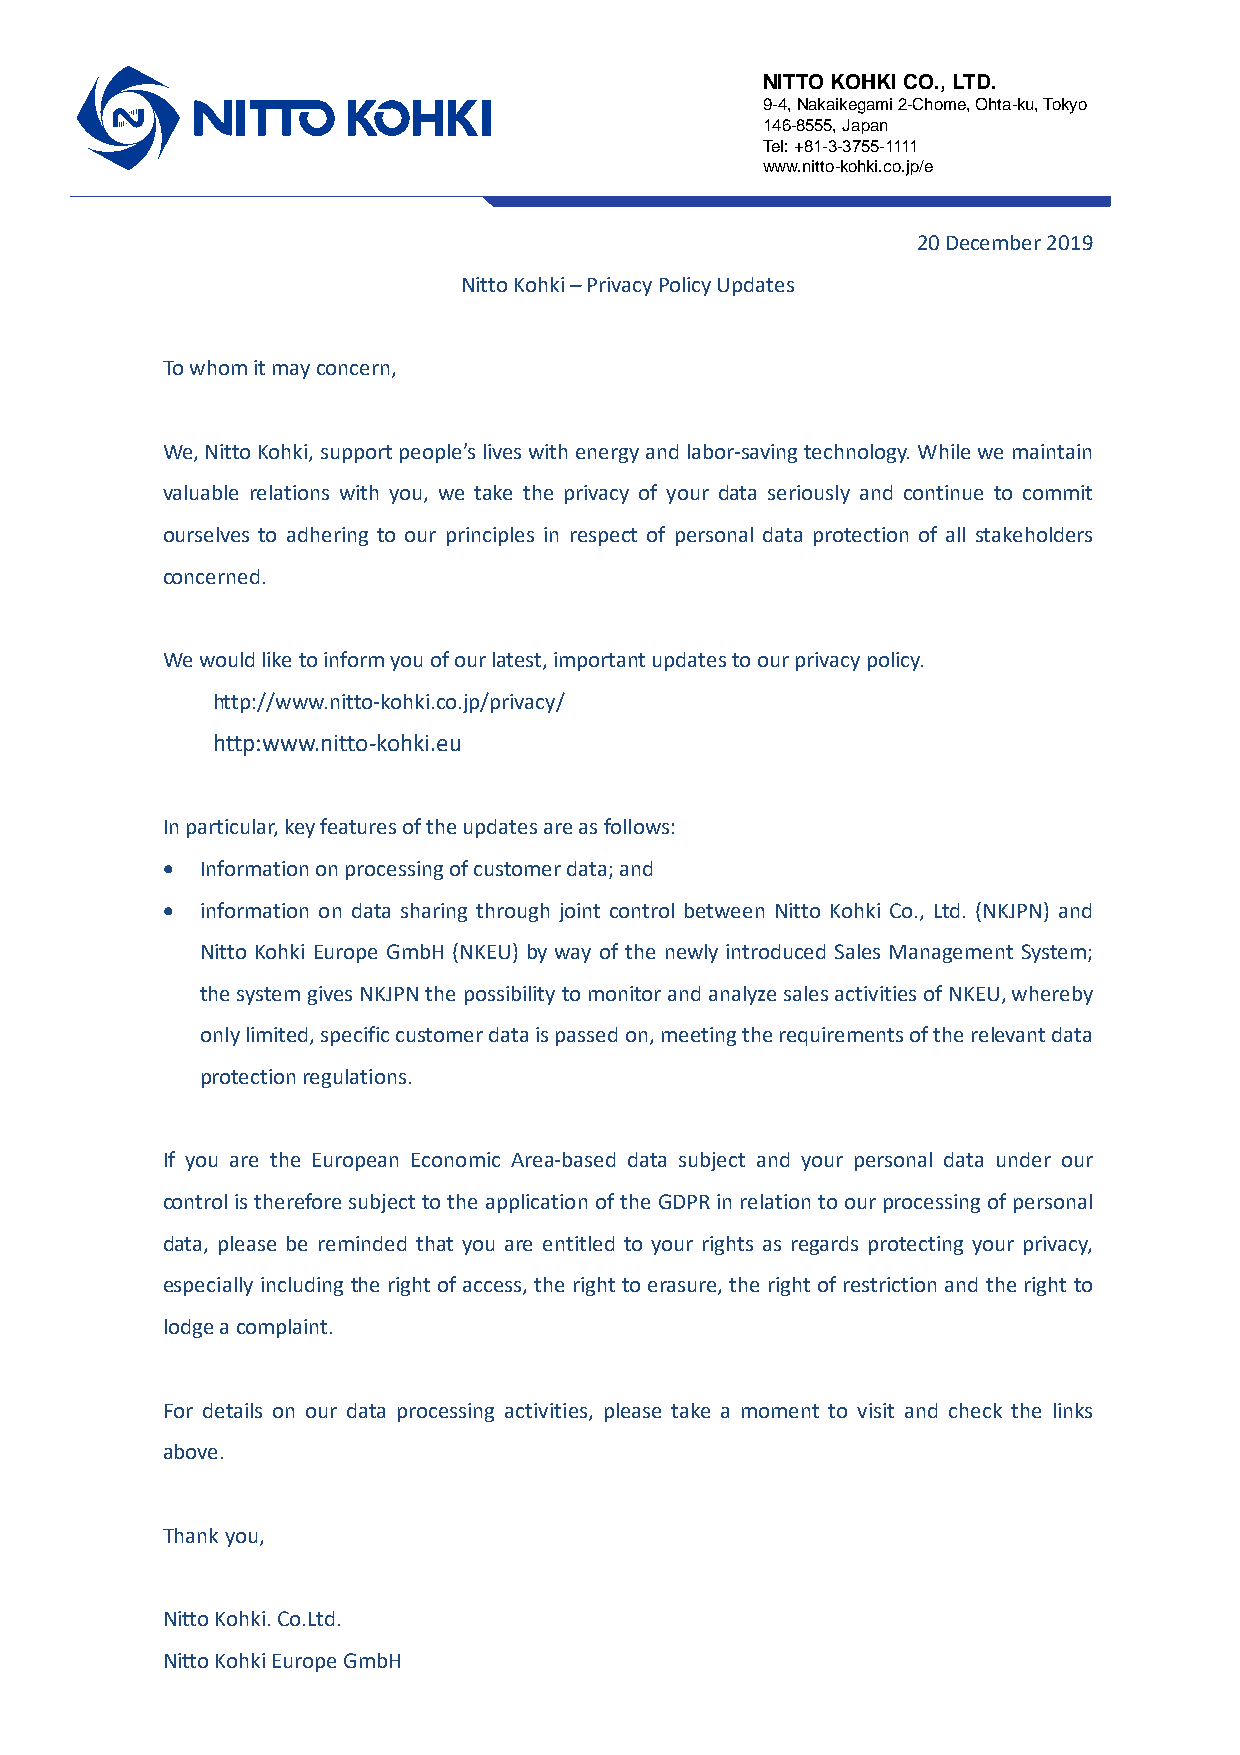
NITTO KOHKI CO., LTD.
 9-4, Nakaikegami 2-Chome, Ohta-ku, Tokyo
 146-8555, Japan
 Tel: +81-3-3755-1111
 www.nitto-kohki.co.jp/e
 20 December 2019
 Nitto Kohki – Privacy Policy Updates
 To whom it may concern,
 We, Nitto Kohki, support people’s lives with energy and labor-saving technology. While we maintain
 valuable relations with you, we take the privacy of your data seriously and continue to commit
 ourselves to adhering to our principles in respect of personal data protection of all stakeholders
 concerned.
 We would like to inform you of our latest, important updates to our privacy policy.
 http://www.nitto-kohki.co.jp/privacy/
 http:www.nitto-kohki.eu
 In particular, key features of the updates are as follows:
 • Information on processing of customer data; and
 • information on data sharing through joint control between Nitto Kohki Co., Ltd. (NKJPN) and
 Nitto Kohki Europe GmbH (NKEU) by way of the newly introduced Sales Management System;
 the system gives NKJPN the possibility to monitor and analyze sales activities of NKEU, whereby
 only limited, specific customer data is passed on, meeting the requirements of the relevant data
 protection regulations.
 If you are the European Economic Area-based data subject and your personal data under our
 control is therefore subject to the application of the GDPR in relation to our processing of personal
 data, please be reminded that you are entitled to your rights as regards protecting your privacy,
 especially including the right of access, the right to erasure, the right of restriction and the right to
 lodge a complaint.
 For details on our data processing activities, please take a moment to visit and check the links
 above.
 Thank you,
 Nitto Kohki. Co.Ltd.
 Nitto Kohki Europe GmbH